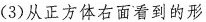
(3)从正方体右面看到的形